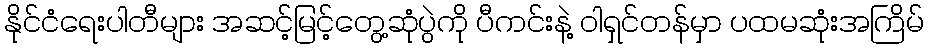
နိုင်ငံရေးပါတီများ အဆင့်မြင့်တွေ့ဆုံပွဲကို ပီကင်းနဲ့ ဝါရှင်တန်မှာ ပထမဆုံးအကြိမ်